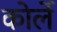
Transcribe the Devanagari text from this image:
कोर्ले